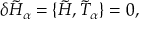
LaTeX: \delta { \tilde { H } } _ { \alpha } = \lbrace \tilde { H } , { \tilde { T } } _ { \alpha } \rbrace = 0 ,